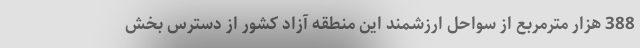
388 هزار مترمربع از سواحل ارزشمند این منطقه آزاد کشور از دسترس بخش